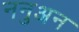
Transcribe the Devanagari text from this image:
ननुअन